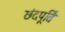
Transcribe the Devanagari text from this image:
छंदपूर्ति